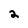
Character: 2